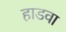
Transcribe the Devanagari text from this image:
हाडवा